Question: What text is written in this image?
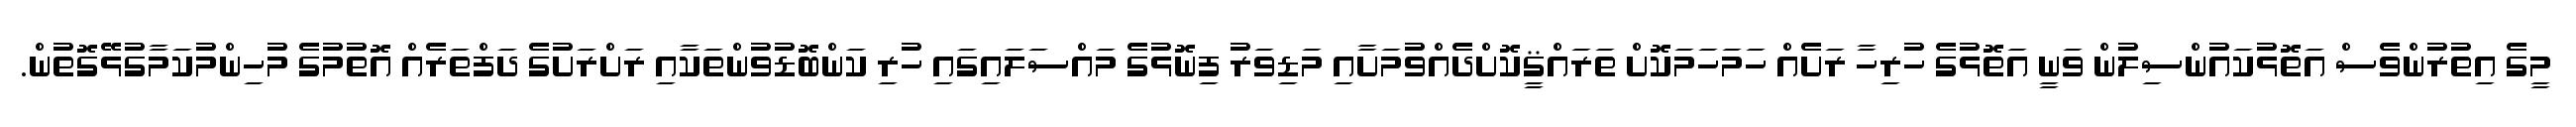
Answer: މީގެ އިތުރުންވެސް އަތޮޅުކައުންސިލުން ވަނީ އަތޮޅުގެ ހުރިހާ ރަށެއް ހަމަހަމަކޮށް ތަރައްޤީކޮށްދެއްވުމަށާއި މަޑިވަރު ފިނޮޅުގެ މައްސަލައިގައި ހުރި ކަންބޮޑުވުންތަކާއި ރަށްރަށުގެ ދަފްތަރެއް އޮތުމުގެ މުހިންމުކަމާގުޅޭގޮތުން.